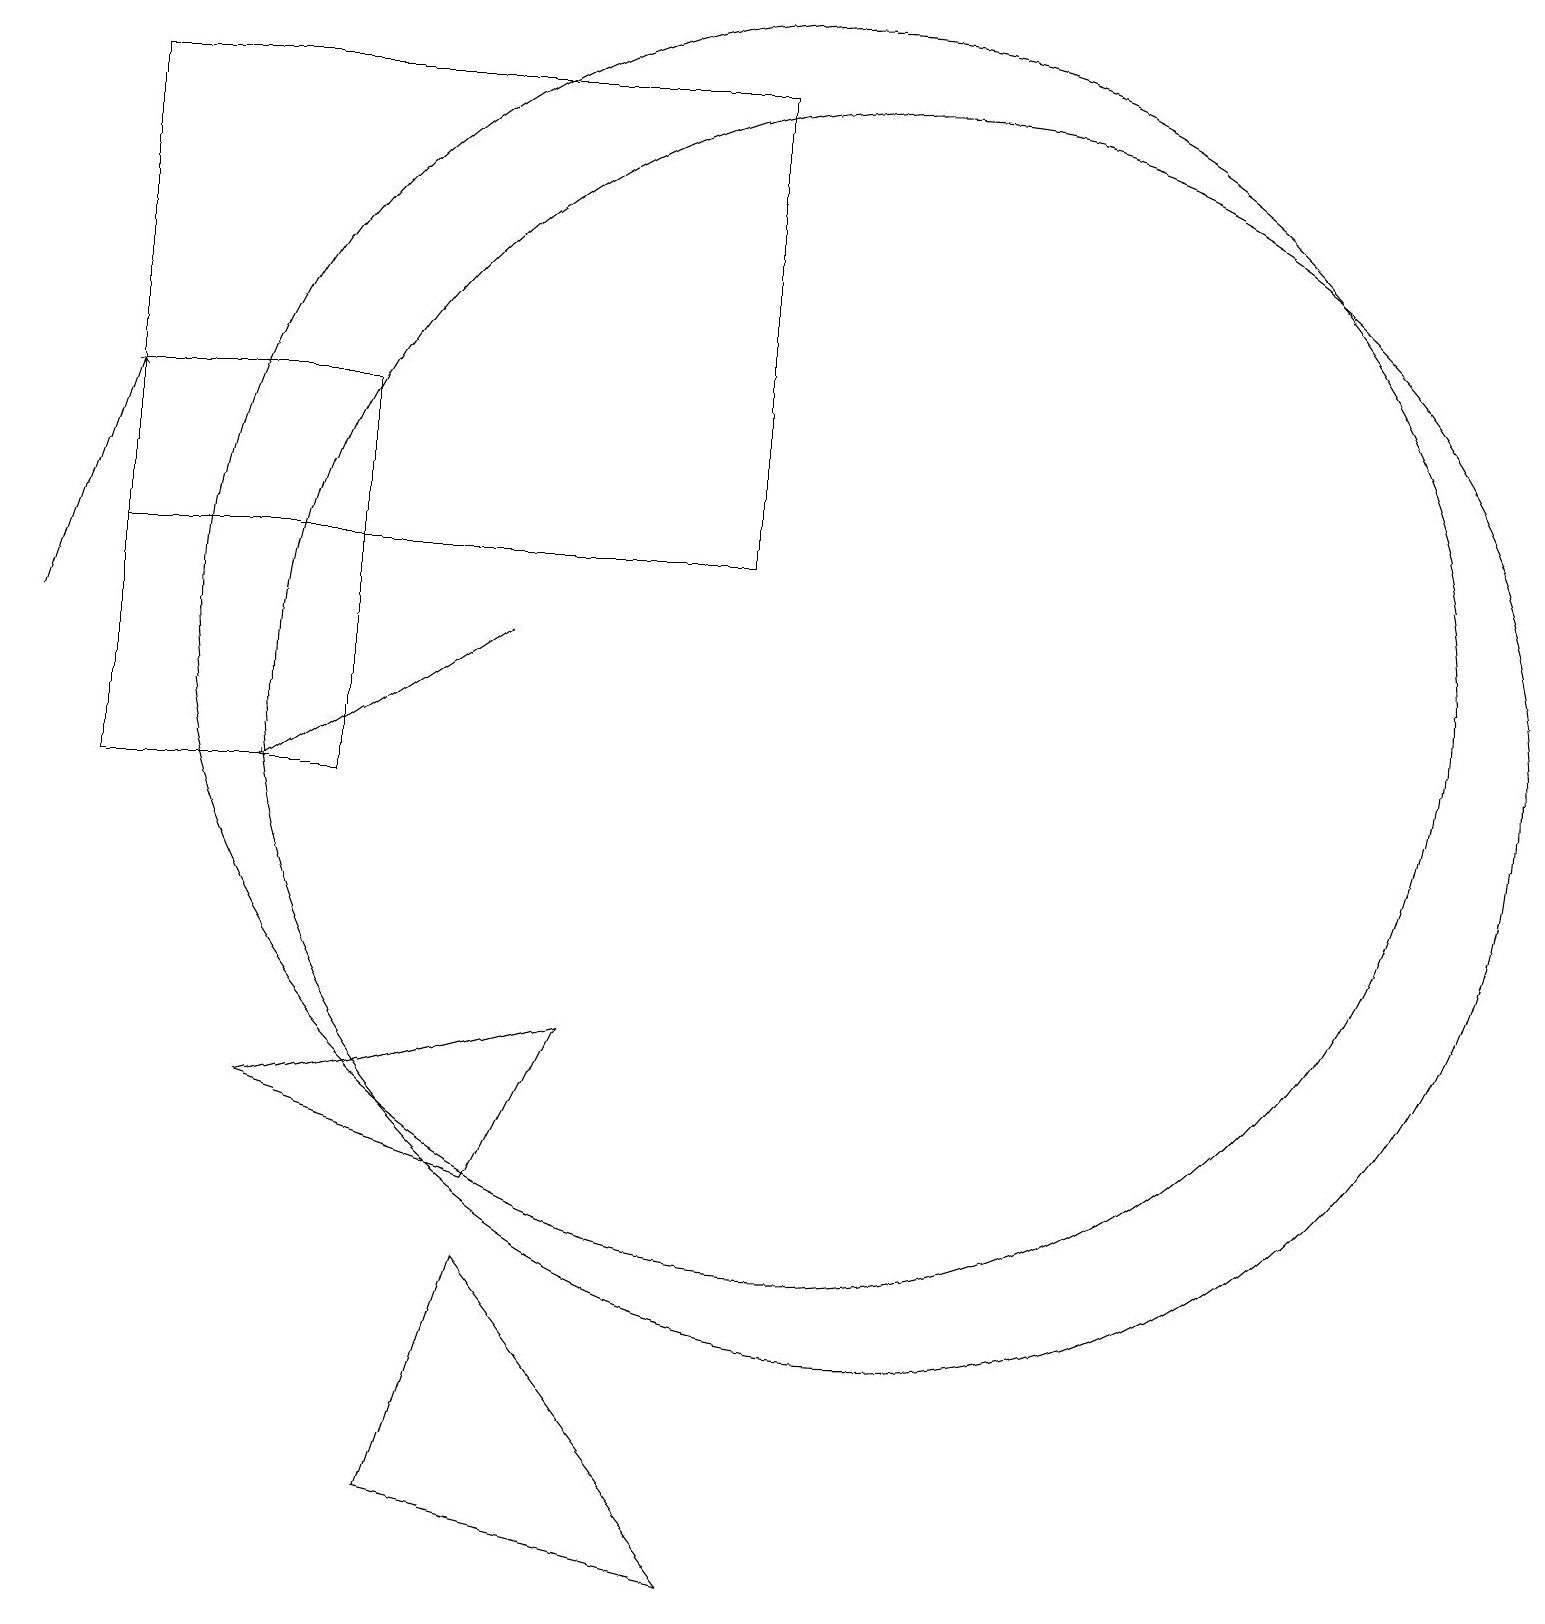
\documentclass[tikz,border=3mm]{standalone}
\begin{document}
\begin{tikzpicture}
\draw (9,13) rectangle (1,19);
\draw (5,1) -- (9,0) -- (6,4) -- cycle;
\draw (11,11) circle (8);
\draw (4,10) rectangle (1,15);
\draw[->] (6,12) -- (3,10);
\draw[->] (0,12) -- (1,15);
\draw (3,6) -- (7,7) -- (6,5) -- cycle;
\draw (10,12) circle (8);
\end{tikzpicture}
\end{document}